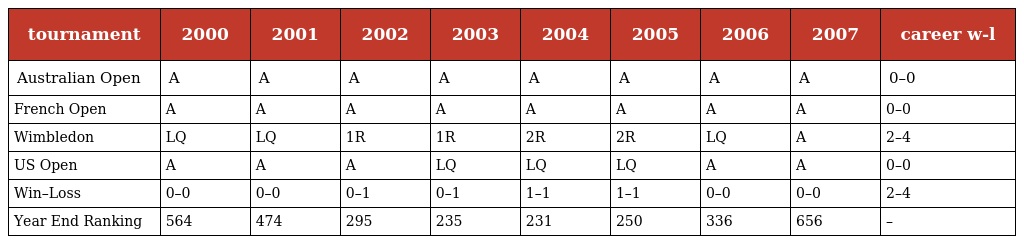
| tournament | 2000 | 2001 | 2002 | 2003 | 2004 | 2005 | 2006 | 2007 | career w-l |
 | --- | --- | --- | --- | --- | --- | --- | --- | --- | --- |
 | Australian Open | A | A | A | A | A | A | A | A | 0–0 |
 | French Open | A | A | A | A | A | A | A | A | 0–0 |
 | Wimbledon | LQ | LQ | 1R | 1R | 2R | 2R | LQ | A | 2–4 |
 | US Open | A | A | A | LQ | LQ | LQ | A | A | 0–0 |
 | Win–Loss | 0–0 | 0–0 | 0–1 | 0–1 | 1–1 | 1–1 | 0–0 | 0–0 | 2–4 |
 | Year End Ranking | 564 | 474 | 295 | 235 | 231 | 250 | 336 | 656 | – |